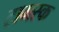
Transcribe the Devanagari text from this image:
टामस्क